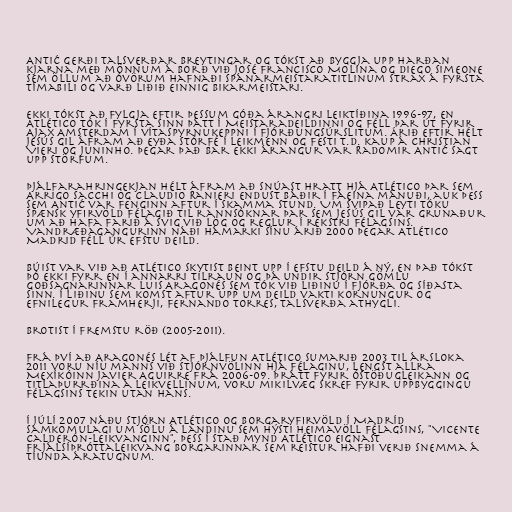
Antić gerði talsverðar breytingar og tókst að byggja upp harðan
kjarna með mönnum á borð við José Francisco Molina og Diego Simeone
sem öllum að óvörum hafnaði Spánarmeistaratitlinum strax á fyrsta
tímabili og varð liðið einnig bikarmeistari.

Ekki tókst að fylgja eftir þessum góða árangri leiktíðina 1996-97, en
Atlético tók í fyrsta sinn þátt í Meistaradeildinni og féll þar út fyrir
Ajax Amsterdam í vítaspyrnukeppni í fjórðungsúrslitum. Árið eftir hélt
Jesús Gil áfram að eyða stórfé í leikmenn og festi t.d. kaup á Christian
Vieri og Juninho. Þegar það bar ekki árangur var Radomir Antić sagt
upp störfum.

Þjálfarahringekjan hélt áfram að snúast hratt hjá Atlético þar sem
Arrigo Sacchi og Claudio Ranieri endust báðir í fáeina mánuði, auk þess
sem Antić var fenginn aftur í skamma stund. Um svipað leyti tóku
spænsk yfirvöld félagið til rannsóknar þar sem Jesús Gil var grunaður
um að hafa farið á svig við lög og reglur í rekstri félagsins.
Vandræðagangurinn náði hámarki sínu árið 2000 þegar Atlético
Madrid féll úr efstu deild.

Búist var við að Atlético skytist beint upp í efstu deild á ný, en það tókst
þó ekki fyrr en í annarri tilraun og þá undir stjórn gömlu
goðsagnarinnar Luis Aragonés sem tók við liðinu í fjórða og síðasta
sinn. Í liðinu sem komst aftur upp um deild vakti kornungur og
efnilegur framherji, Fernando Torres, talsverða athygli.

Brotist í fremstu röð (2005-2011).

Frá því að Aragonés lét af þjálfun Atlético sumarið 2003 til ársloka
2011 voru níu manns við stjórnvölinn hjá félaginu, lengst allra
Mexíkóinn Javier Aguirre frá 2006-09. Þrátt fyrir óstöðugleikann og
titlaþurrðina á leikvellinum, voru mikilvæg skref fyrir uppbyggingu
félagsins tekin utan hans.

Í júlí 2007 náðu stjórn Atlético og borgaryfirvöld í Madríd
samkomulagi um sölu á landinu sem hýsti heimavöll félagsins, "Vicente
Calderón-leikvanginn", þess í stað mynd Atlético eignast
frjálsíþróttaleikvang borgarinnar sem reistur hafði verið snemma á
tíunda áratugnum.